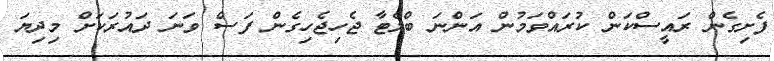
ފެށިގެން ރައީސްކަން ކުރައްވަމުން އަންނަ ބްލެޓާ ޖެހިޖެހިގެން ފަސް ވަނަ ދައުރަކަށް މިދިޔަ